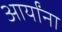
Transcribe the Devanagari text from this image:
आर्यांना